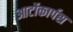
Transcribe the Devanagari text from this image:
आर्टोकार्पस